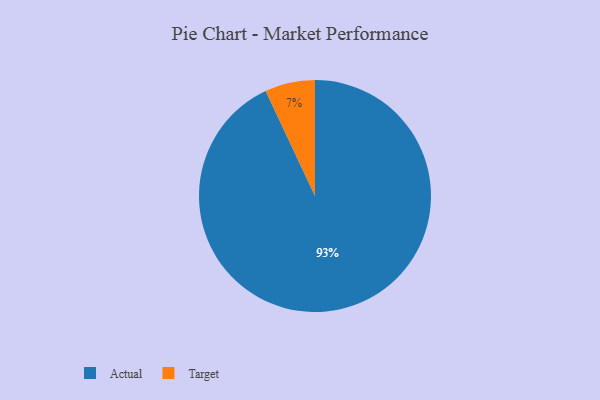
{"axis": {"x": "Category", "y": "Percentage"}, "legend": ["Actual", "Target"], "data": [{"x": "Target", "y": 7, "type": "Target"}, {"x": "Actual", "y": 93, "type": "Actual"}]}